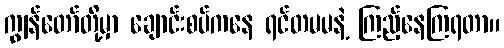
ကျွန်တော်တို့မှာ ချောင်းစပ်ကနေ ရင်တမမနဲ့ ကြည့်နေကြရတာ။